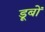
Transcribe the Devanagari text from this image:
डूबों